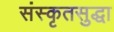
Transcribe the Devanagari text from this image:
संस्कृतसुद्धा